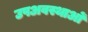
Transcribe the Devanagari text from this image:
उपअवस्थाओं